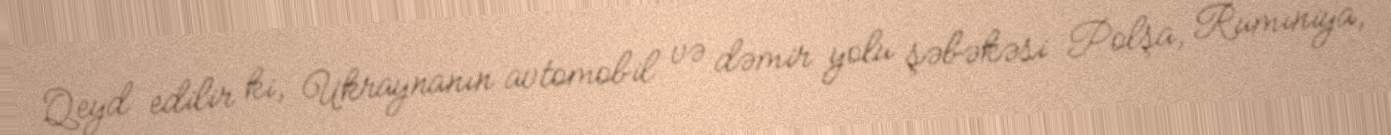
Qeyd edilir ki, Ukraynanın avtomobil və dəmir yolu şəbəkəsi Polşa, Rumıniya,